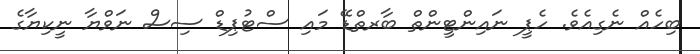
ބިހެއް ނެގިއެވެ. ހެޕީ ނައިންޓީންތް ބާރތްޑޭ މައި ސްޓުޕިޑް ސިސް ނަވްޔާ ނީކިޔާގެ